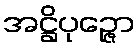
အဋ္ဌိပုဉ္ဇော